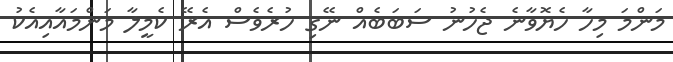
މަންމަ މިހާ ހެޔޮވާނެ ޖެހުނު ސަބަބެއް ނޭގި ހުރެވެސް އެރޭ ކެމީލާ މަންމައާއިއެކު